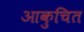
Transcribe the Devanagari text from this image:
आकुचित